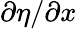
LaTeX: \partial\eta/\partial x